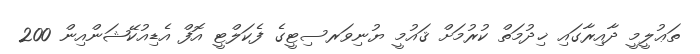
ތަޢުލީމީ ދާއިރާގައި ޚިދުމަތް ކުރުމަށް ޤައުމީ ޔުނިވަރސިޓީގެ ފެކަލްޓީ އޮފް އެޑިއުކޭޝަންއިން 200